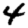
Digit: 4